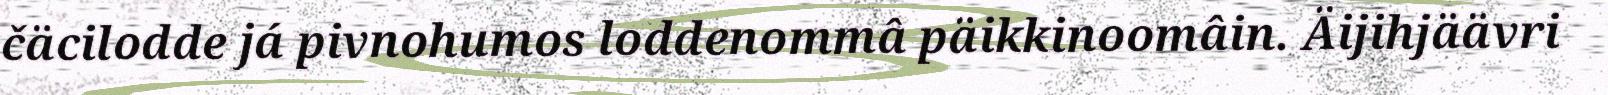
čäcilodde já pivnohumos loddenommâ päikkinoomâin. Äijihjäävri